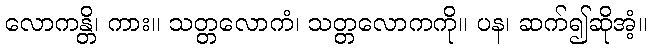
လောကန္တိ၊ ကား။ သတ္တလောကံ၊ သတ္တလောကကို။ ပန၊ ဆက်၍ဆိုအံ့။